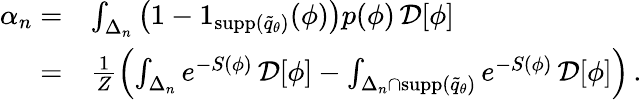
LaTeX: \begin{array}{rl}{\alpha_{n}=}&{\int_{\Delta_{n}}\left(1-1_{{\textrm{supp}}(\widetilde{q}_{\theta})}(\phi)\right)p(\phi)\, \mathcal{D}[\phi]}\\ {=}&{\frac{1}{Z}\left(\int_{\Delta_{n}}e^{-S(\phi)}\, \mathcal{D}[\phi]-\int_{{\Delta_{n}}\cap{{{\textrm{supp}}(\widetilde{q}_{\theta})}}}e^{-S(\phi)}\, \mathcal{D}[\phi]\right)\, .}\end{array}